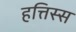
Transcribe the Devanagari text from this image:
हत्तिस्स